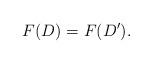
LaTeX: \begin{align*} F(D)=F(D').\end{align*}